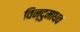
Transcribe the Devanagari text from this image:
विन्दुमाधव